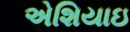
એશિયાઇ